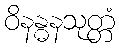
ဝိနန္ဓနသုတ္တံ